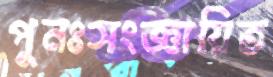
পুনঃসংজ্ঞায়িত